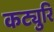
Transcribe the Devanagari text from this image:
कट्युरि